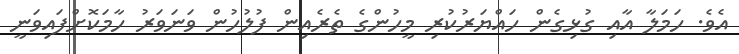
އެވެ. ހަމަލާ އާއި ގުޅިގެން ހައްޔަރުކުރި މީހުންގެ ތެރެއިން ފުލުހުން ވަނަވަރު ހާމަކޮށްފައިވަނީ